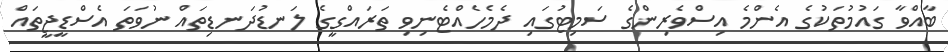
ބާއްވާ ގައުމުތަކުގެ އެންމެ އިސްވެރިންގެ ސަމިޓުގައި ދެމެހެއްޓެނިވި ތަރައްގީގެ ލަނޑުދަނޑިތައް ނުވަތަ އެސްޑީޖީތައް